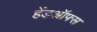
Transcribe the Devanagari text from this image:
हेंडऑफ्स